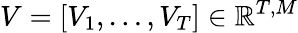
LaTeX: V=[V_{1},\dots,V_{T}]\in\mathbb{R}^{T,M}